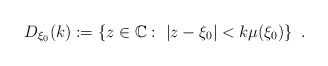
\begin{align*} D_{\xi_0}(k):=\left\lbrace z \in \mathbb{C}:\ |z-\xi_0|<k\mu(\xi_0)\right\rbrace\ .\end{align*}